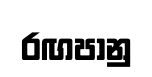
රඟපානු